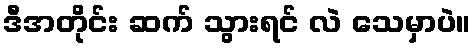
ဒီအတိုင်း ဆက် သွားရင် လဲ သေမှာပဲ။